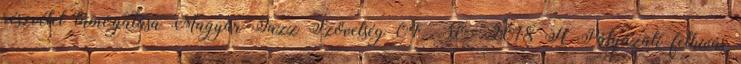
részvétel támogatása Magyar Jazz Szövetség 04 30 2018 H Pályázati felhívás